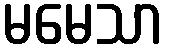
မမေသာ